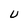
Character: U